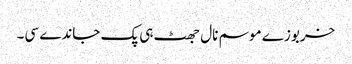
خربوزے موسم نال جھٹ ہی پک جاندے سی۔